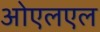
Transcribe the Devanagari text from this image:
ओएलएल